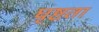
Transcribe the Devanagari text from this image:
घृष्टता